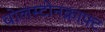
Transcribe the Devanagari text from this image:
वोलस्टोनक्राफ़्ट